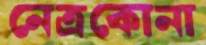
নেত্রকোনা